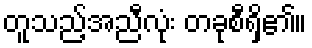
တူသည့်အညီလုံး တခုစီရှိ၏။